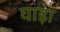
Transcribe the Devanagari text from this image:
घाड़ा